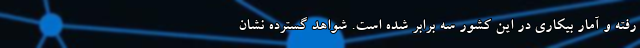
رفته و آمار بیکاری در این کشور سه برابر شده است. شواهد گسترده نشان